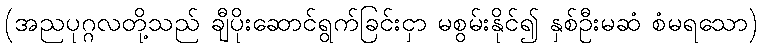
(အညပုဂ္ဂလတို့သည် ချီပိုးဆောင်ရွက်ခြင်းငှာ မစွမ်းနိုင်၍ နှစ်ဦးမဆံ စံမရသော)